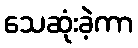
သေဆုံးခဲ့ကာ